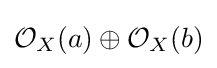
{\mathcal {O}}_{X}(a)\oplus {\mathcal {O}}_{X}(b)